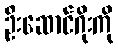
ဦးဆောင်ဂိုးကို